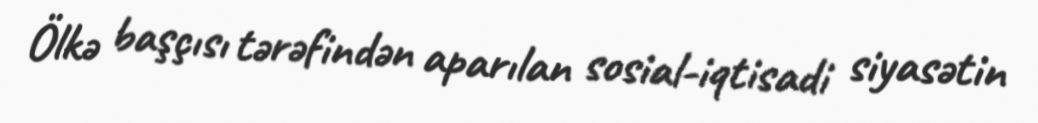
Ölkə başçısı tərəfindən aparılan sosial-iqtisadi siyasətin